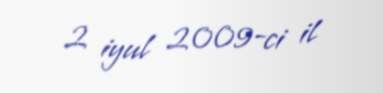
2 iyul 2009-ci il